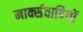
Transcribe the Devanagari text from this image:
मार्क्सवादियों